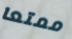
ممتعا